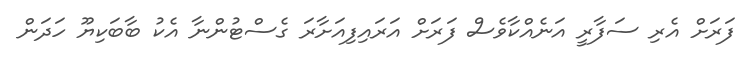
ފަރަށް އެރި ސަފާރީ އަނެއްކާވެސް ފަރަށް އަރައިފިއަށާރަ ގެސްޓުންނާ އެކު ބާބަކިޔޫ ހަދަން